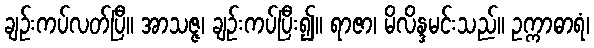
ချဉ်းကပ်လတ်ပြီ။ အာသဇ္ဇ၊ ချဉ်းကပ်ပြီး၍။ ရာဇာ၊ မိလိန္ဒမင်းသည်။ ဥက္ကာဓာရံ၊